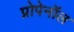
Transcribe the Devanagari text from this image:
प्रोपेनॉल